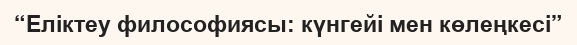
“Еліктеу философиясы: күнгейі мен көлеңкесі”